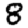
Digit: 8